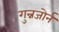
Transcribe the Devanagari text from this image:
गुन्नजोर्न